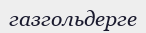
газгольдерге